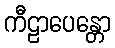
ကီဠာပေန္တော